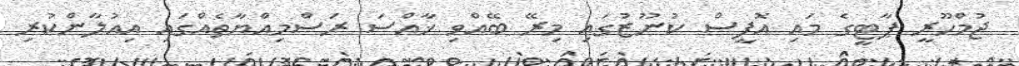
ޖުމްހޫރީ ޕާޓީގެ މައި އޮފީސް ކުނޫޒުގައި މިރޭ ބޭއްވި ޚާއްސަ ރަސްމިއްޔާތެއްގައި އިއުލާންކުރި